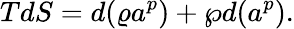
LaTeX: TdS=d(\varrho a^{p})+\wp d(a^{p}).